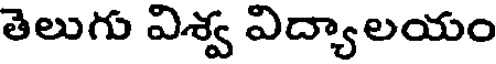
తెలుగు విశ్వ విద్యాలయం